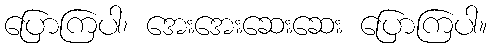
ပြောကြပါ၊ အေးအေးဆေးဆေး ပြောကြပါ။